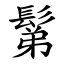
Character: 鬀